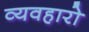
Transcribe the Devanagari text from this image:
व्यवहारो